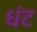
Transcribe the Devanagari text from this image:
धंट